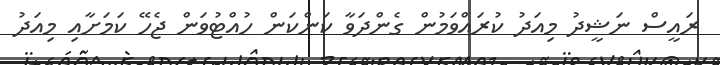
ރައީސް ނަޝީދު މިއަދު ކުރައްވަމުން ގެންދަވާ ކަންކަން ހުއްޓުވަން ޖެހޭ ކަމަށާއި މިއަދު